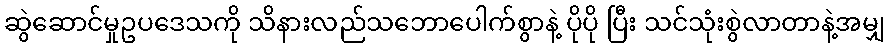
ဆွဲဆောင်မှုဥပဒေသကို သိနားလည်သဘောပေါက်စွာနဲ့ ပိုပို ပြီး သင်သုံးစွဲလာတာနဲ့အမျှ